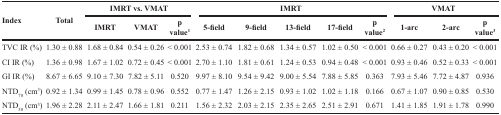
| <ROWSPAN=2> Index | <ROWSPAN=2> Total | <COLSPAN=3> IMRT vs. VMAT | <COLSPAN=5> IMRT | <COLSPAN=3> VMAT |
 | IMRT | VMAT | p value1 | 5-field | 9-field | 13-field | 17-field | p value2 | 1-arc | 2-arc | p value3 |
 | --- | --- | --- | --- | --- | --- | --- | --- | --- | --- | --- | --- | --- |
 | TVC IR (%) | 1.30 ± 0.88 | 1.68 ± 0.84 | 0.54 ± 0.26 | < 0.001 | 2.53 ± 0.74 | 1.82 ± 0.68 | 1.34 ± 0.57 | 1.02 ± 0.50 | < 0.001 | 0.66 ± 0.27 | 0.43 ± 0.20 | < 0.001 |
 | CI IR (%) | 1.36 ± 0.98 | 1.67 ± 1.02 | 0.72 ± 0.45 | < 0.001 | 2.70 ± 1.10 | 1.81 ± 0.61 | 1.24 ± 0.53 | 0.94 ± 0.48 | < 0.001 | 0.93 ± 0.46 | 0.52 ± 0.33 | < 0.001 |
 | GI IR (%) | 8.67 ± 6.65 | 9.10 ± 7.30 | 7.82 ± 5.11 | 0.520 | 9.97 ± 8.10 | 9.54 ± 9.42 | 9.00 ± 5.54 | 7.88 ± 5.85 | 0.363 | 7.93 ± 5.46 | 7.72 ± 4.87 | 0.936 |
 | NTD70 (cm3) | 0.92 ± 1.34 | 0.99 ± 1.45 | 0.78 ± 0.96 | 0.552 | 0.77 ± 1.47 | 1.26 ± 2.15 | 0.93 ± 1.02 | 1.02 ± 1.18 | 0.166 | 0.67 ± 1.07 | 0.90 ± 0.85 | 0.530 |
 | NTD50 (cm3) | 1.96 ± 2.28 | 2.11 ± 2.47 | 1.66 ± 1.81 | 0.211 | 1.56 ± 2.32 | 2.03 ± 2.15 | 2.35 ± 2.65 | 2.51 ± 2.91 | 0.671 | 1.41 ± 1.85 | 1.91 ± 1.78 | 0.990 |